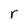
Character: r